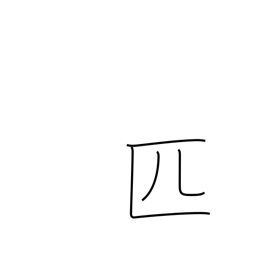
Meaning: roll of cloth